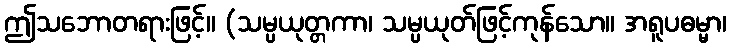
ဤသဘောတရားဖြင့်။ (သမ္ပယုတ္တကာ၊ သမ္ပယုတ်ဖြင့်ကုန်သော။ အရူပဓမ္မာ၊